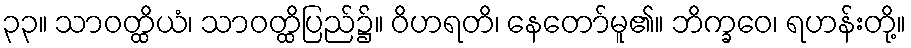
၃၃။ သာဝတ္ထိယံ၊ သာဝတ္ထိပြည်၌။ ဝိဟရတိ၊ နေတော်မူ၏။ ဘိက္ခဝေ၊ ရဟန်းတို့။